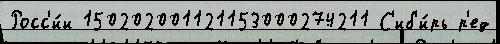
Росс'и́и 150202001121153000274211 С'иб'и́рь р'ед